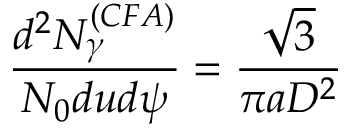
\frac { d ^ { 2 } N _ { \gamma } ^ { ( C F A ) } } { N _ { 0 } d u d \psi } = \frac { \sqrt { 3 } } { \pi a D ^ { 2 } }